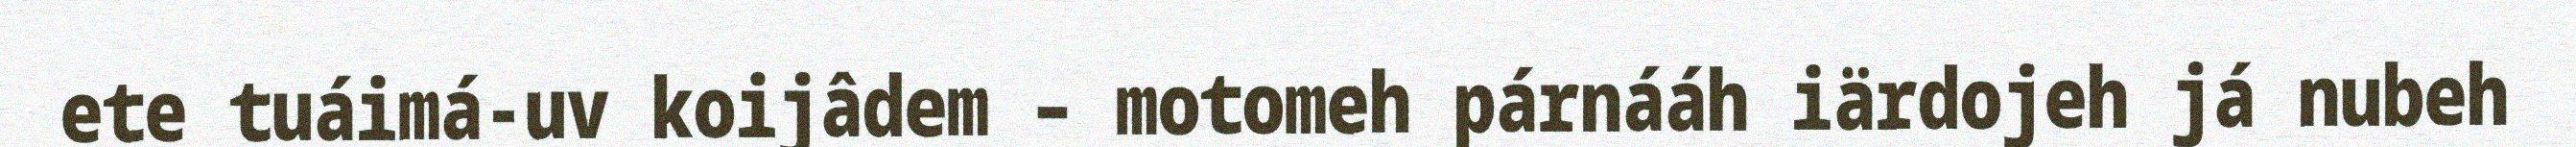
ete tuáimá-uv koijâdem – motomeh párnááh iärdojeh já nubeh